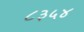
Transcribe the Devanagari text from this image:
८३५४